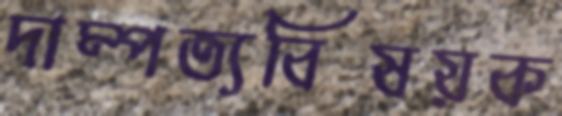
দাম্পত্যবিষয়ক